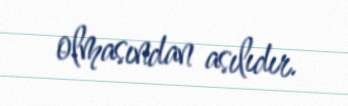
olmasından asılıdır.